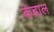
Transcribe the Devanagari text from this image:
केब्राल